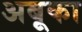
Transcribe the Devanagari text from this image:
अबूका